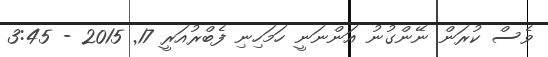
ވެސް ކުރަން ނޭންގުނު އަންނަނީ ހަމަހިނި ފެބްރުއަރީ 17